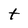
Character: t